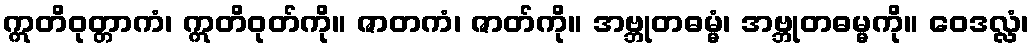
ဣတိဝုတ္တာကံ၊ ဣတိဝုတ်ကို။ ဇာတကံ၊ ဇာတ်ကို။ အဗ္ဘုတဓမ္မံ၊ အဗ္ဘုတဓမ္မကို။ ဝေဒလ္လံ၊